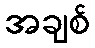
အချစ်